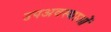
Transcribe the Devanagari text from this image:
उपअवस्थाओं